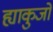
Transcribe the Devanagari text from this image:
ह्याकुजो